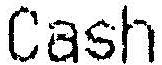
CASH